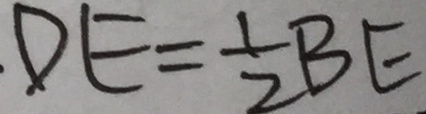
D E = \frac { 1 } { 2 } B E